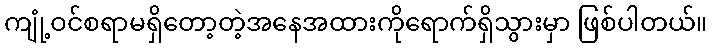
ကျုံ့ဝင်စရာမရှိတော့တဲ့အနေအထားကိုရောက်ရှိသွားမှာ ဖြစ်ပါတယ်။